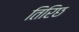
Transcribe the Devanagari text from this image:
तिरिछ